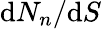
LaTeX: \textup dN_{n}/\textup dS